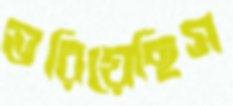
ভরিয়েছিস